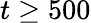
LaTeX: t\geq 500